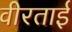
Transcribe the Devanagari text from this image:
वीरताई